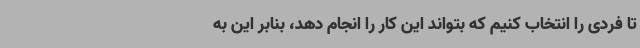
تا فردی را انتخاب کنیم که بتواند این کار را انجام دهد، بنابر این به